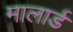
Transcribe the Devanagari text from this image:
मालार्ड